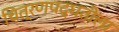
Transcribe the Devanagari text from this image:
चित्रणपद्धतीला